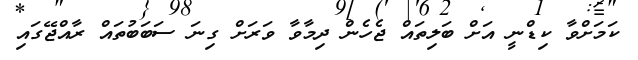
ކަމަށްވާ ކިޑްނީ އަށް ބަލިތައް ޖެހެން ދިމާވާ ވަރަށް ގިނަ ސަބަބުތައް ރާއްޖޭގައި